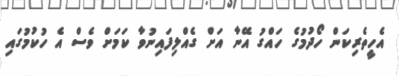
އެހީތެރިކަން ހޯދުމުގެ ހައްގު އޭނާ އަށް ގެއްލިފައިނުވާ ކަމަށް ވެސް އެ ހުކުމުގައި